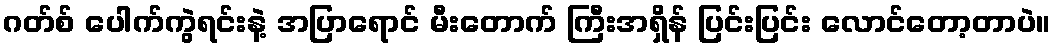
ဂတ်စ် ပေါက်ကွဲရင်းနဲ့ အပြာရောင် မီးတောက် ကြီးအရှိန် ပြင်းပြင်း လောင်တော့တာပဲ။